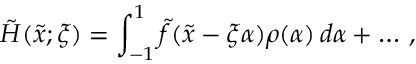
\tilde { H } ( \tilde { x } ; \xi ) = \int _ { - 1 } ^ { 1 } \tilde { f } ( \tilde { x } - \xi \alpha ) \rho ( \alpha ) \, d \alpha + \ldots \, ,